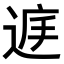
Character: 𨓍